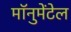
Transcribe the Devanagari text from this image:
मॉनुमेंटेल